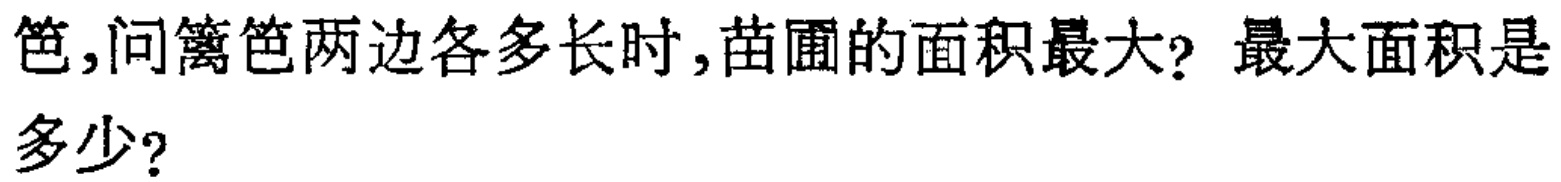
笆，问篱笆两边各多长时，苗圃的面积最大？最大面积是多少？